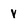
Character: y